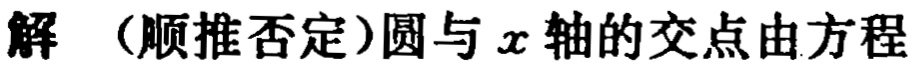
解（顺推否定）圆与\(x\)轴的交点由方程